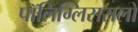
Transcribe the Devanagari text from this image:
पॉलिग्लिसरालों